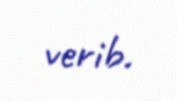
verib.